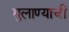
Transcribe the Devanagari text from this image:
मुलाण्याची